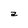
Character: a